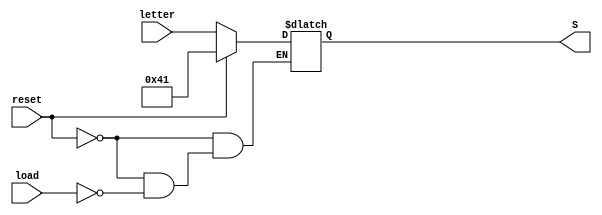
module ascii_reg (
  output reg [7:0] S,
  input load,
  input reset,
  input [7:0] letter
  );

  localparam CHAR_A = 8'h41; // see ascii decoder for ASIC-- notepad.
  localparam ON = 1'b1;

  always @ (*)
  begin: load_reset
    // check if reset
    if (reset == ON)
      S = CHAR_A;
    else if (load == ON)
      S = letter; // load must have triggered this.
  end // load_reset
  
endmodule